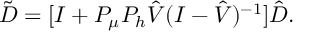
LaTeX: \tilde { D } = [ I + P _ { \mu } P _ { h } \hat { V } ( I - \hat { V } ) ^ { - 1 } ] \hat { D } .